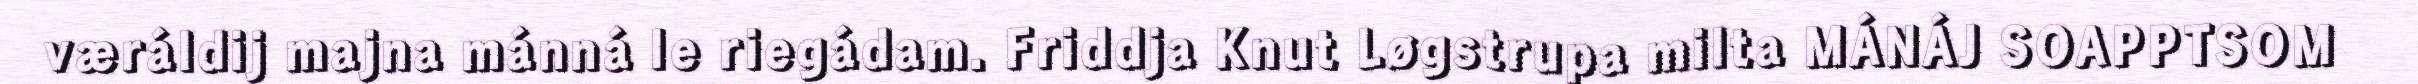
væráldij majna mánná le riegádam. Friddja Knut Løgstrupa milta MÁNÁJ SOAPPTSOM